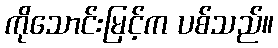
ကိုသောင်းမြင့်က ပစ်သည်။